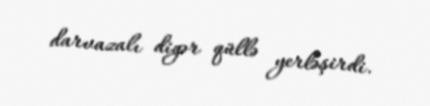
darvazalı digər qüllə yerləşirdi.